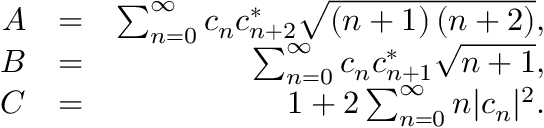
\begin{array} { r l r } { A } & { = } & { \sum _ { n = 0 } ^ { \infty } c _ { n } c _ { n + 2 } ^ { * } \sqrt { \left( n + 1 \right) \left( n + 2 \right) } , } \\ { B } & { = } & { \sum _ { n = 0 } ^ { \infty } c _ { n } c _ { n + 1 } ^ { * } \sqrt { n + 1 } , } \\ { C } & { = } & { 1 + 2 \sum _ { n = 0 } ^ { \infty } n | c _ { n } | ^ { 2 } . } \end{array}